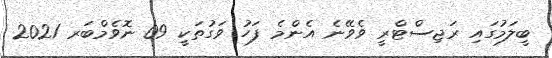
ބީލަމުގައި ރަޖިސްޓްރީ ވެވޭނެ އެންމެ ފަހު ވަގުތަކީ 09 ނޮވެމްބަރ 2021